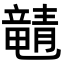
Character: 𬺚